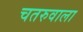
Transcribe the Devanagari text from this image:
चतरुवाला